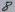
Text: 8